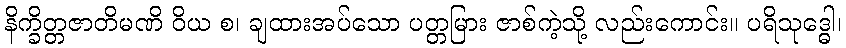
နိက္ခိတ္တဇာတိမဏိ ဝိယ စ၊ ချထားအပ်သော ပတ္တမြား ဇာစ်ကဲ့သို့ လည်းကောင်း။ ပရိသုဒ္ဓေါ၊